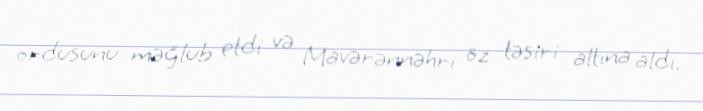
ordusunu məğlub etdi və Mavərənnəhri öz təsiri altına aldı.